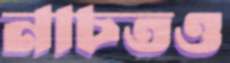
নাচতও